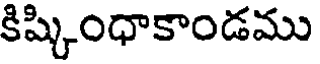
కిష్కింధాకాండము